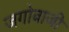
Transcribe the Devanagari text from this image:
जगोबाजी